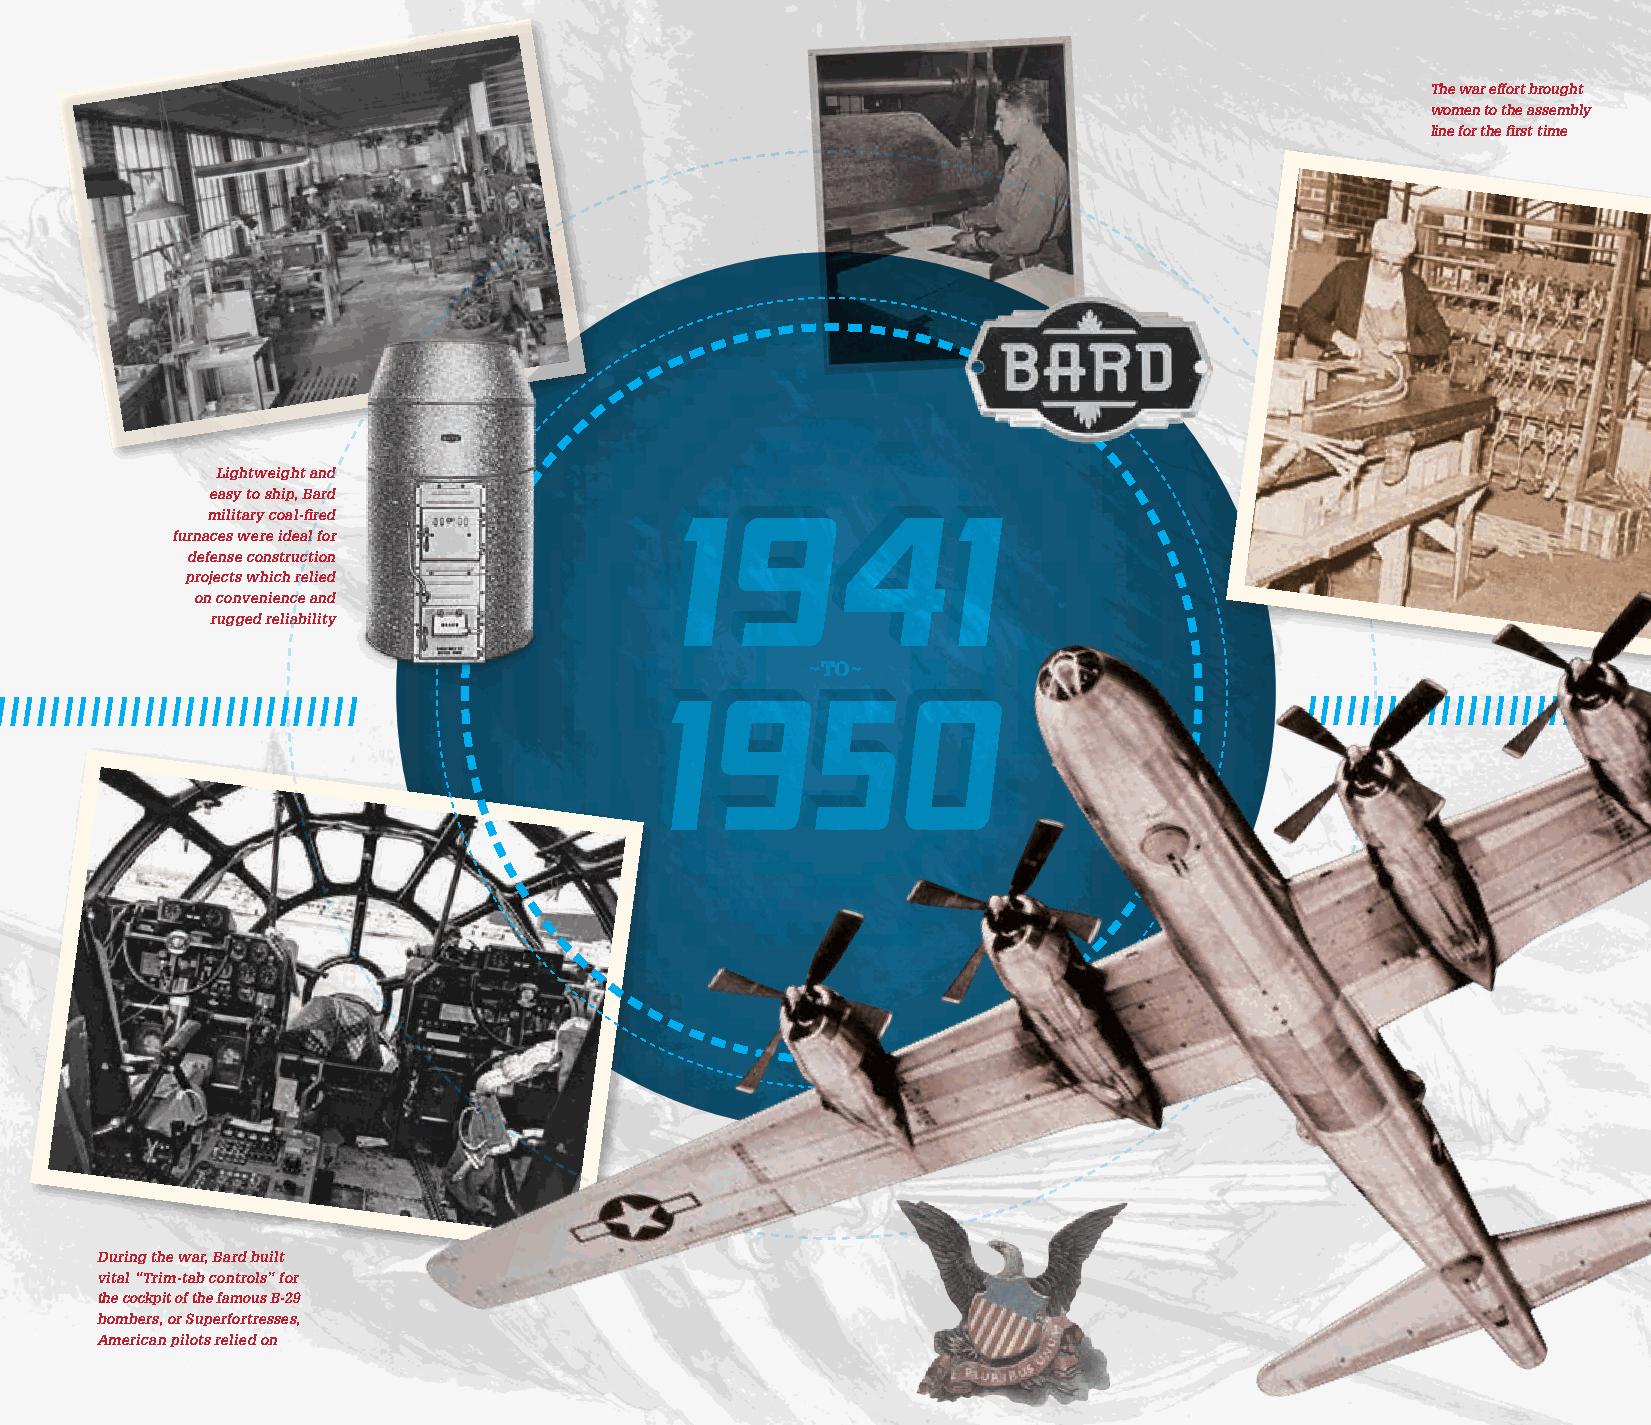
The war effort brought
 women to the assembly
 line for the first time
 Lightweight and
 easy to ship, Bard
 military coal-fired
 furnaces were ideal for
 defense construction
 projects which relied
 on convenience and
 rugged reliability
 ~TO~
 / / / / / / / / / / / / / / / / / / / / / / / / / / / / /                              / / / / / / / / / / / / / / / / / / / / / / / / / / / / / / / / / / / / / / / / / / / / / / / / / / / / / / / / / / / / / / / / / / / / / / / / / / / / / / / / / / / / / / / / / / / / / / / / / / / / / / / / / / / / / / / / / / / / / / / / / / / / / / / / / / / / / / / / / / / /
 During the war, Bard built
 vital “Trim-tab controls” for
 the cockpit of the famous B-29
 bombers, or Superfortresses,
 American pilots relied on